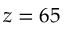
z = 6 5